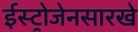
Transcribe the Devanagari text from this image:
ईस्ट्रोजेनसारखे